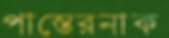
পাস্তেরনাক